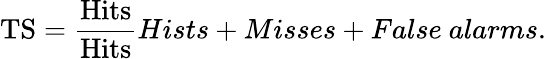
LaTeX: \mathrm{TS}=\frac{\mathrm{Hits}}{\mathrm{Hits}}{Hists+Misses+False\ alarms}.